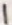
Text: 1